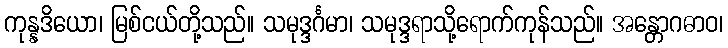
ကုန္နဒိယော၊ မြစ်ငယ်တို့သည်။ သမုဒ္ဒင်္ဂမာ၊ သမုဒ္ဒရာသို့ရောက်ကုန်သည်။ အန္တောဂဓာဝ၊